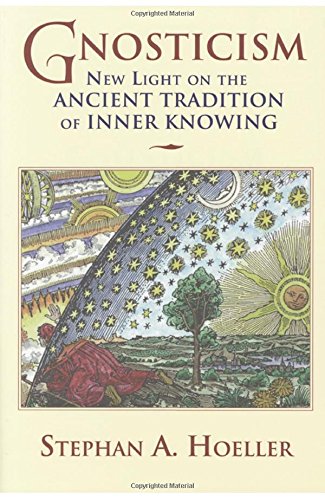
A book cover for Gnosticism: New Light on the Ancient Tradition of Inner Knowing; Stephan A Hoeller; Christian Books & Bibles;